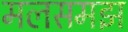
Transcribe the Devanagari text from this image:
मलसमझ